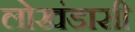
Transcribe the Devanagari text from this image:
लोखंडासी